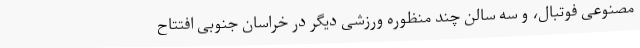
مصنوعی فوتبال، و سه سالن چند منظوره ورزشی دیگر در خراسان جنوبی افتتاح